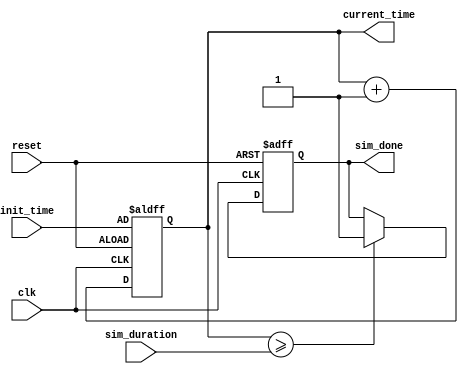
module simulation_time_initialization (
    input wire clk,                // Clock signal
    input wire reset,              // Reset signal
    input wire [31:0] init_time,   // User-defined initial time
    input wire [31:0] sim_duration, // Simulation duration
    output reg [31:0] current_time, // Current simulation time
    output reg sim_done            // Simulation done flag
);

    // Parameters for simulation configuration
    parameter TIME_RESOLUTION = 1; // Time resolution in ns

    // State variables
    reg [31:0] scheduled_event_time; // Time for the next scheduled event

    // Initialization block
    initial begin
        current_time = 32'd0;          // Initialize current time to 0
        sim_done = 1'b0;               // Simulation not done
        scheduled_event_time = 32'd0;  // Initialize scheduled event time
    end

    // Reset mechanism
    always @(posedge clk or posedge reset) begin
        if (reset) begin
            current_time <= init_time;  // Reset to user-defined initial time
            sim_done <= 1'b0;            // Reset done flag
            scheduled_event_time <= 32'd0; // Reset scheduled event time
            // Additional state initialization can be done here
        end else begin
            // Increment current time based on clock cycles
            current_time <= current_time + TIME_RESOLUTION;

            // Check for simulation duration
            if (current_time >= sim_duration) begin
                sim_done <= 1'b1; // Set done flag when simulation duration is reached
            end

            // Event scheduling logic
            if (current_time == scheduled_event_time) begin
                // Trigger event actions here
                // Example: $display("Event triggered at time: %d", current_time);
                scheduled_event_time <= scheduled_event_time + 32'd10; // Schedule next event
            end
        end
    end

    // Logging and monitoring (optional)
    always @(posedge clk) begin
        if (!sim_done) begin
            // Log current simulation time
            $display("Current simulation time: %d ns", current_time);
        end else begin
            $display("Simulation completed at time: %d ns", current_time);
        end
    end

endmodule